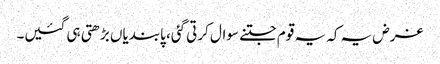
غرض یہ کہ یہ قوم جتنے سوال کرتی گئی، پابندیاں بڑھتی ہی گئیں۔